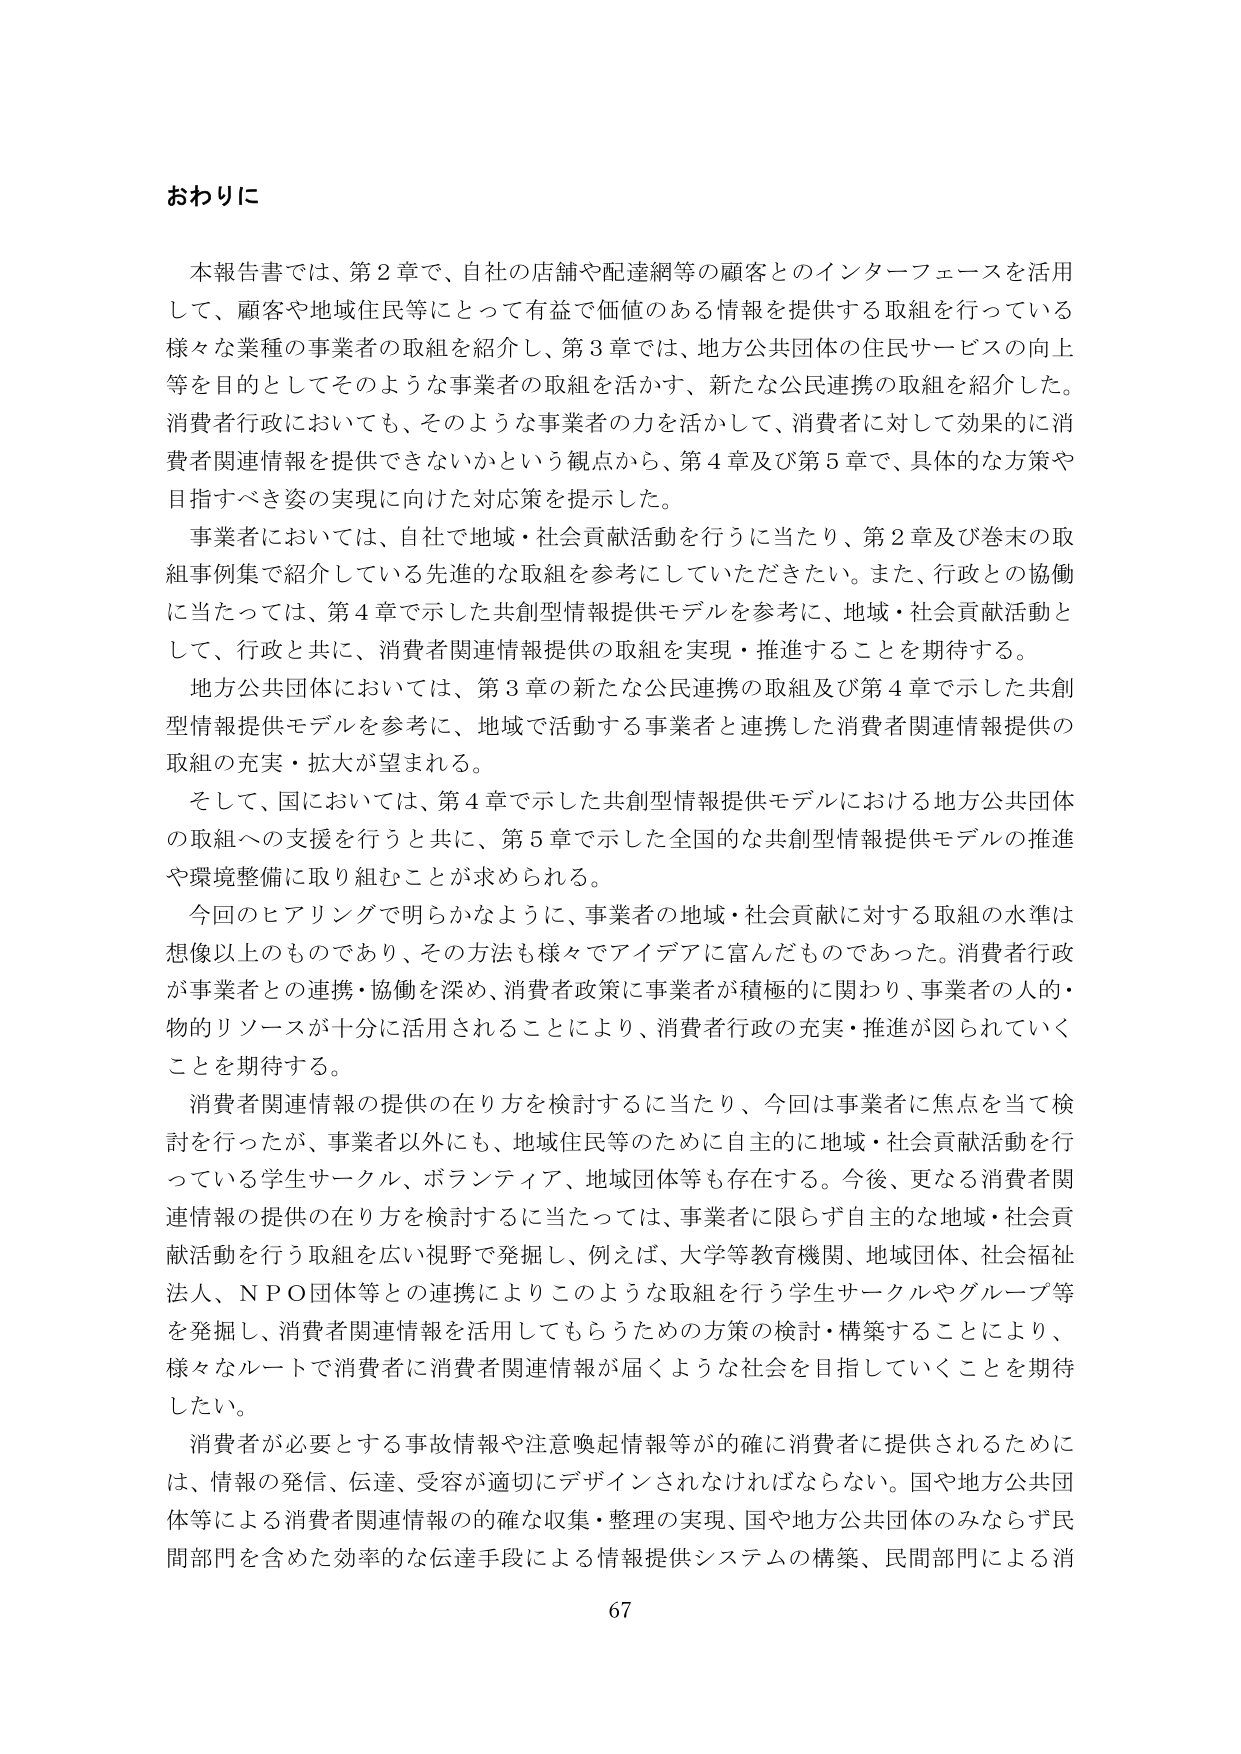
おわりに

本報告書では、第2章で、自社の店舗や配達網等の顧客とのインターフェースを活用して、顧客や地域住民等にとって有益で価値のある情報を提供する取組を行っている様々な業種の事業者の取組を紹介し、第3章では、地方公共団体の住民サービスの向上等を目的としてそのような事業者の取組を活かす、新たな公民連携の取組を紹介した。消費者行政においても、そのような事業者の力を活かして、消費者に対して効果的に消費者関連情報を提供できないかという観点から、第4章及び第5章で、具体的な方策や目指すべき姿の実現に向けた対応策を提示した。

事業者においては、自社で地域・社会貢献活動を行うに当たり、第2章及び巻末の取組事例集で紹介している先進的な取組を参考にしていただきたい。また、行政との協働に当たっては、第4章で示した共創型情報提供モデルを参考に、地域・社会貢献活動として、行政と共に、消費者関連情報提供の取組を実現・推進することを期待する。

地方公共団体においては、第3章の新たな公民連携の取組及び第4章で示した共創型情報提供モデルを参考に、地域で活動する事業者と連携した消費者関連情報提供の取組の充実・拡大が望まれる。

そして、国においては、第4章で示した共創型情報提供モデルにおける地方公共団体の取組への支援を行うと共に、第5章で示した全国的な共創型情報提供モデルの推進や環境整備に取り組むことが求められる。

今回のヒアリングで明らかのように、事業者の地域・社会貢献に対する取組の水準は想像以上なものであり、その方法も様々でアイデアに富んだものであった。消費者行政が事業者との連携・協働を深め、消費者政策に事業者が積極的に関わり、事業者の人的・物的リソースが十分に活用されることにより、消費者行政の充実・推進が図られていくことを期待する。

消費者関連情報の提供の在り方を検討するに当たり、今回は事業者に焦点を当て検討を行ったが、事業者以外にも、地域住民等のために自主的に地域・社会貢献活動を行っている学生サークル、ボランティア、地域団体等も存在する。今後、更なる消費者関連情報の提供の在り方を検討するに当たっては、事業者に限らず自主的な地域・社会貢献活動を行う取組を広い視野で発掘し、例えば、大学等教育機関、地域団体、社会福祉法人、NPO団体等との連携によりこのような取組を行う学生サークルやグループ等を発掘し、消費者関連情報を活用してもらうための方策の検討・構築することにより、様々なルートで消費者に消費者関連情報が届くような社会を目指していくことを期待したい。

消費者が必要とする事故情報や注意喚起情報等が的確に消費者に提供されるためには、情報の発信、伝達、受容が適切にデザインされなければならない。国や地方公共団体等による消費者関連情報の的確な収集・整理の実現、国や地方公共団体のみならず民間部門を含めた効率的な伝達手段による情報提供システムの構築、民間部門による消

67